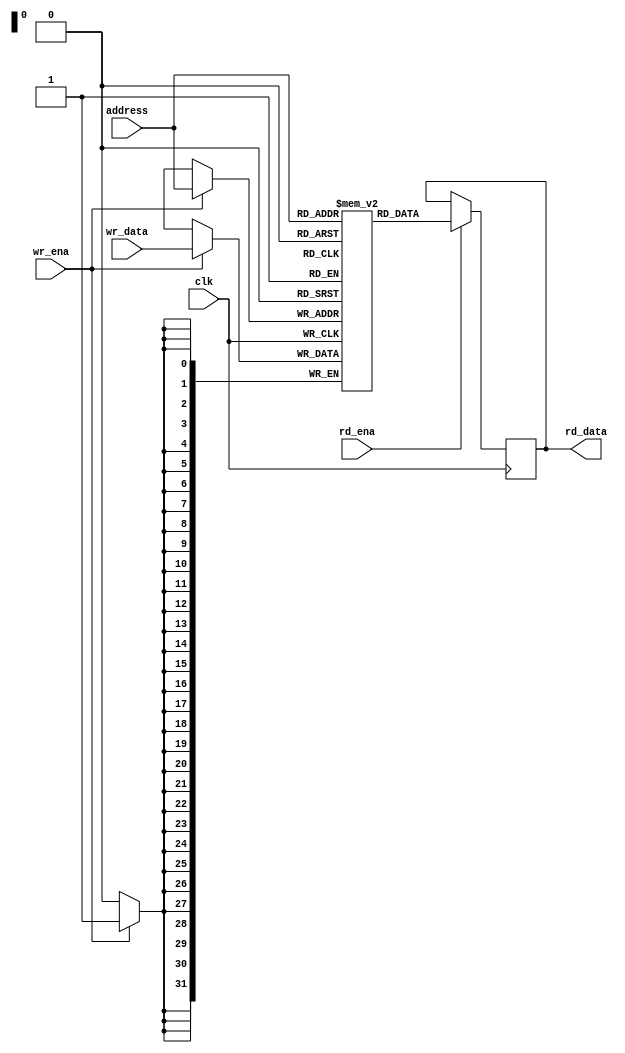
module sp_ram
#(
   parameter DATA_WIDTH = 32,
   parameter ADDR_WIDTH = 32
)
(
   input clk,
   input rd_ena,
   input wr_ena,
   input [ADDR_WIDTH-1:0] address,
   input [DATA_WIDTH-1:0] wr_data,
   output reg [DATA_WIDTH-1:0] rd_data
);

localparam MEM_SIZE = 2**ADDR_WIDTH;

reg [DATA_WIDTH-1:0] mem [0:MEM_SIZE-1];


always@(posedge clk)begin 
   if(wr_ena) begin
      mem[address] <= wr_data;
   end
   if(rd_ena) begin
      rd_data <= mem[address];
   end
end

endmodule